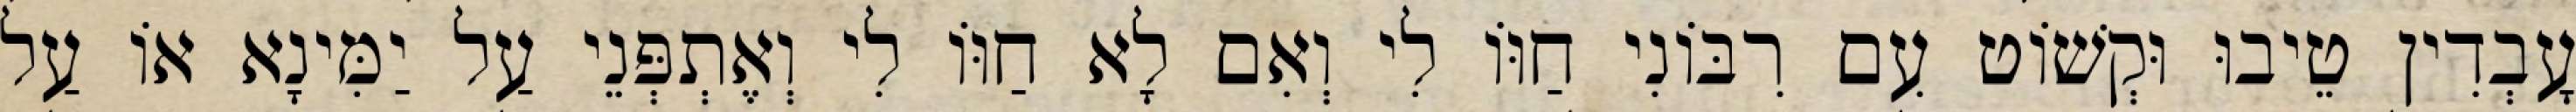
עָבְדִין טֵיבוּ וּקְשׁוֹט עִם רִבּוֹנִי חַוּוֹ לִי וְאִם לָא חַוּוֹ לִי וְאֶתְפְּנֵי עַל יַמִּינָא אוֹ עַל